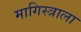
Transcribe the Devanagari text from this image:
मागिस्त्राला